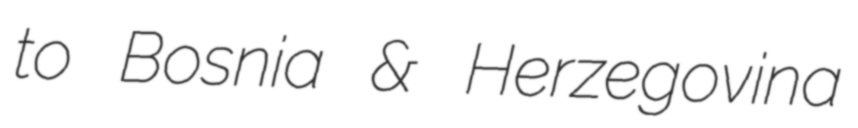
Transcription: to Bosnia & Herzegovina